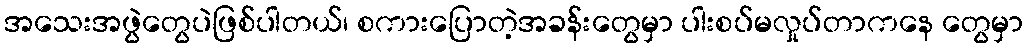
အသေးအဖွဲတွေပဲဖြစ်ပါတယ်၊ စကားပြောတဲ့အခန်းတွေမှာ ပါးစပ်မလှုပ်တာကနေ တွေမှာ